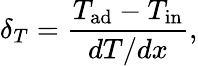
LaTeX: \delta_{T}=\frac{T_{\mathrm{ad}}-T_{\mathrm{in}}}{dT/dx},